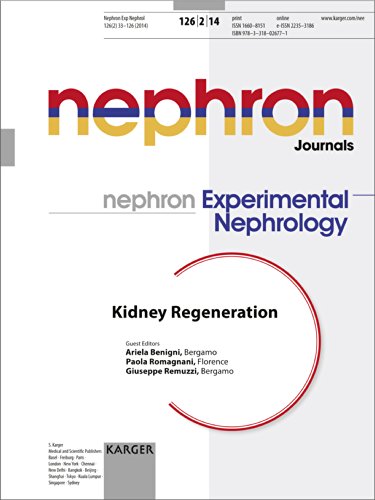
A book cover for Kidney Regeneration; Health, Fitness & Dieting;